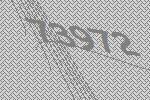
73972